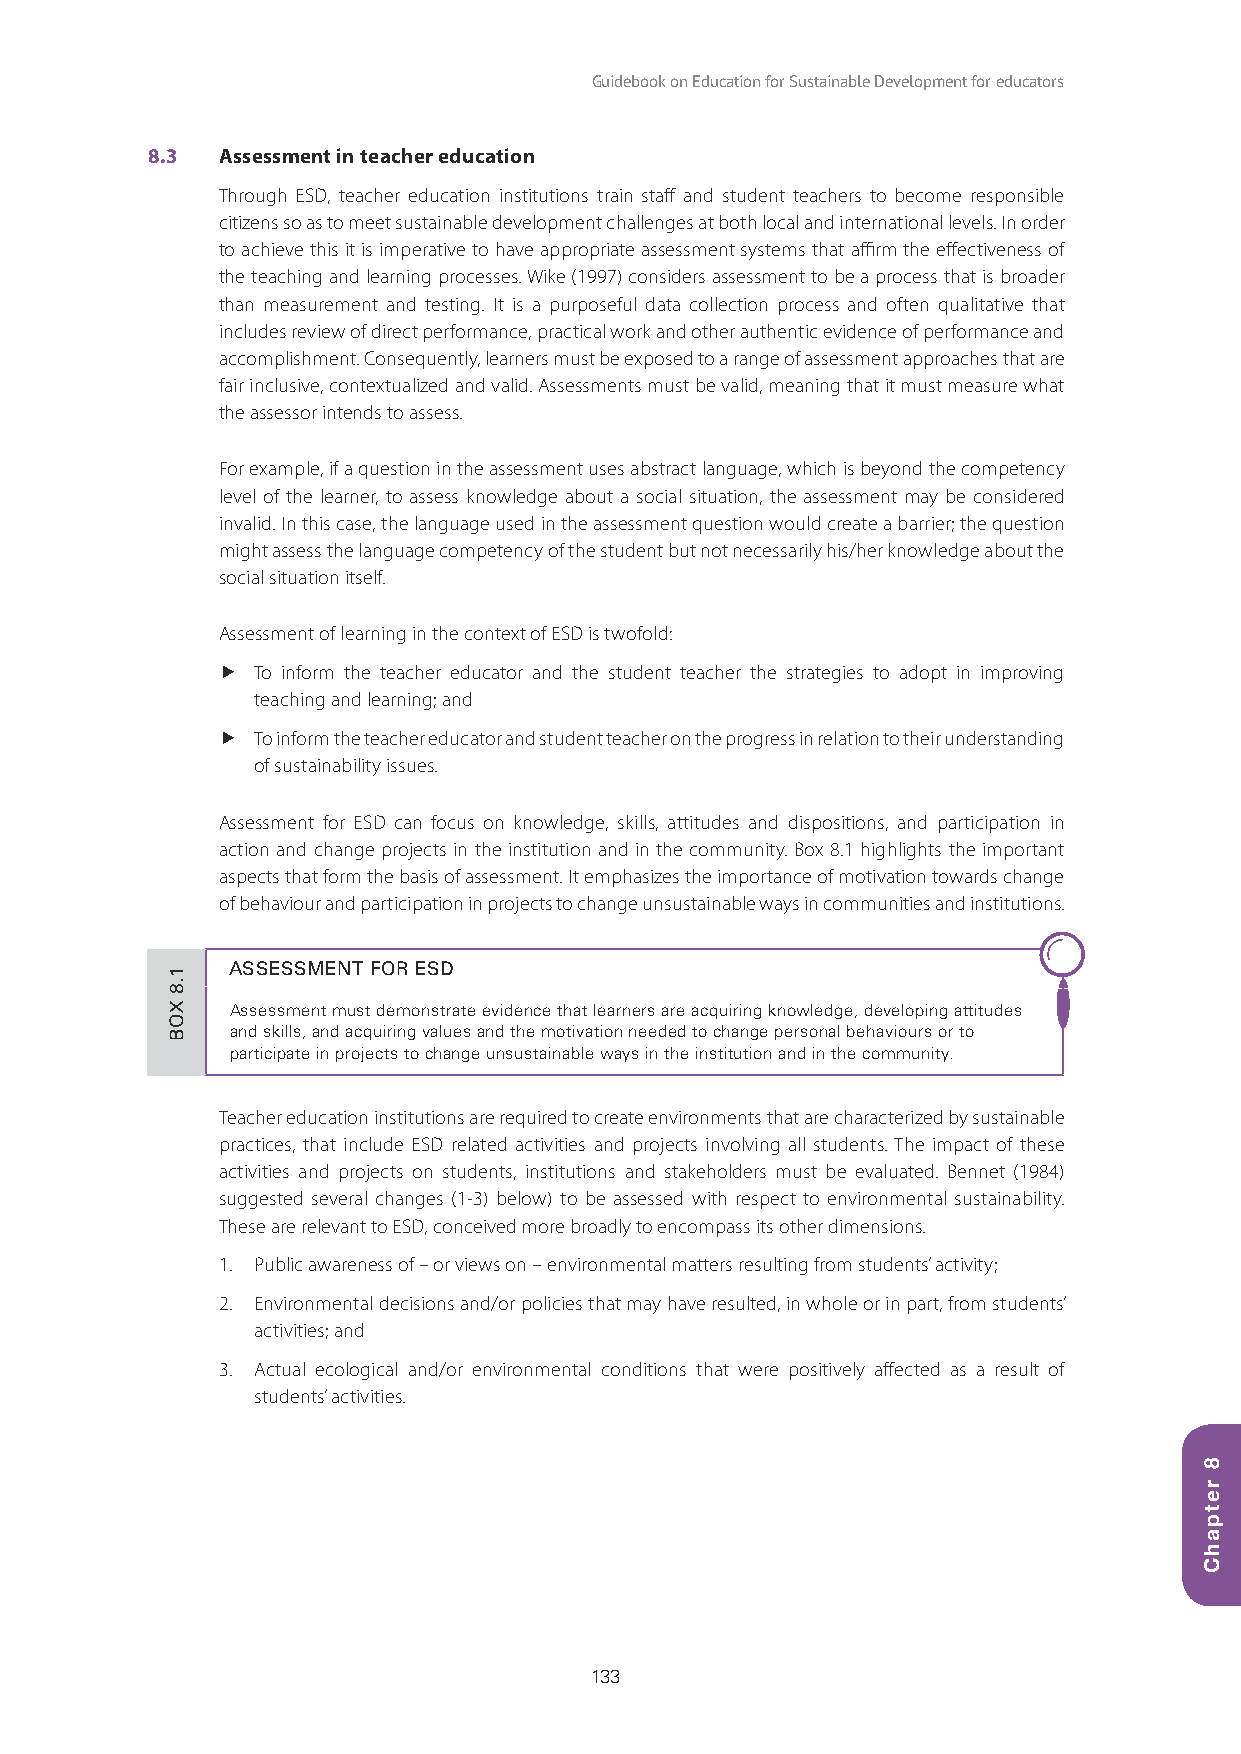
Guidebook on Education for Sustainable Development for educators
 8.3 Assessment in teacher education
 Through ESD, teacher education institutions train staff and student teachers to become responsible
 citizens so as to meet sustainable development challenges at both local and international levels. In order
 to achieve this it is imperative to have appropriate assessment systems that affirm the effectiveness of
 the teaching and learning processes. Wike (1997) considers assessment to be a process that is broader
 than measurement and testing. It is a purposeful data collection process and often qualitative that
 includes review of direct performance, practical work and other authentic evidence of performance and
 accomplishment. Consequently, learners must be exposed to a range of assessment approaches that are
 fair inclusive, contextualized and valid. Assessments must be valid, meaning that it must measure what
 the assessor intends to assess.
 For example, if a question in the assessment uses abstract language, which is beyond the competency
 level of the learner, to assess knowledge about a social situation, the assessment may be considered
 invalid. In this case, the language used in the assessment question would create a barrier; the question
 might assess the language competency of the student but not necessarily his/her knowledge about the
 social situation itself.
 Assessment of learning in the context of ESD is twofold:
   To inform the teacher educator and the student teacher the strategies to adopt in improving
 teaching and learning; and
   To inform the teacher educator and student teacher on the progress in relation to their understanding
 of sustainability issues.
 Assessment for ESD can focus on knowledge, skills, attitudes and dispositions, and participation in
 action and change projects in the institution and in the community. Box 8.1 highlights the important
 aspects that form the basis of assessment. It emphasizes the importance of motivation towards change
 of behaviour and participation in projects to change unsustainable ways in communities and institutions.
 ASSESSMENT FOR ESD
 Assessment must demonstrate evidence that learners are acquiring knowledge, developing attitudes
 and skills, and acquiring values and the motivation needed to change personal behaviours or to
 participate in projects to change unsustainable ways in the institution and in the community.
 Teacher education institutions are required to create environments that are characterized by sustainable
 practices, that include ESD related activities and projects involving all students. The impact of these
 activities and projects on students, institutions and stakeholders must be evaluated. Bennet (1984)
 suggested several changes (1-3) below) to be assessed with respect to environmental sustainability.
 These are relevant to ESD, conceived more broadly to encompass its other dimensions.
 1. Public awareness of – or views on – environmental matters resulting from students’ activity;
 2. Environmental decisions and/or policies that may have resulted, in whole or in part, from students’
 activities; and
 3. Actual ecological and/or environmental conditions that were positively affected as a result of
 students’ activities.
 133
 1.8
 XOB
 8
 retpahC